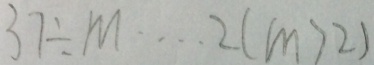
3 7 \div m \cdots 2 ( m > 2 )